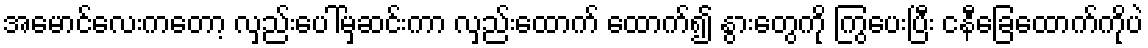
အမောင်လေးကတော့ လှည်းပေါ်မှဆင်းကာ လှည်းထောက် ထောက်၍ နွားတွေကို ကြွပေးပြီး ငနီခြေထောက်ကိုပဲ